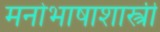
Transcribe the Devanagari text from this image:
मनोभाषाशास्त्री